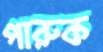
পারুক